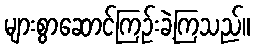
များစွာဆောင်ကြဉ်းခဲ့ကြသည်။